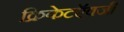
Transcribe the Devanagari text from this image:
क्रिकेटऍवजी